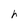
Character: h